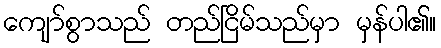
ကျော်စွာသည် တည်ငြိမ်သည်မှာ မှန်ပါ၏။